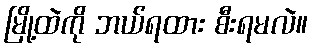
မြို့ထဲကို ဘယ်ရထား စီးရမလဲ။